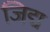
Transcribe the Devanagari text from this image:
जिद्म